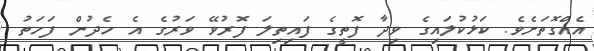
އެއްގޮތަށެވެ. ކަޅުކުލައިގެ ވިދާ ފޮތީގެ ފައިތިލަ ފޮރުވޭ ވަރުގެ އެ ހެދުން ފަހަތު